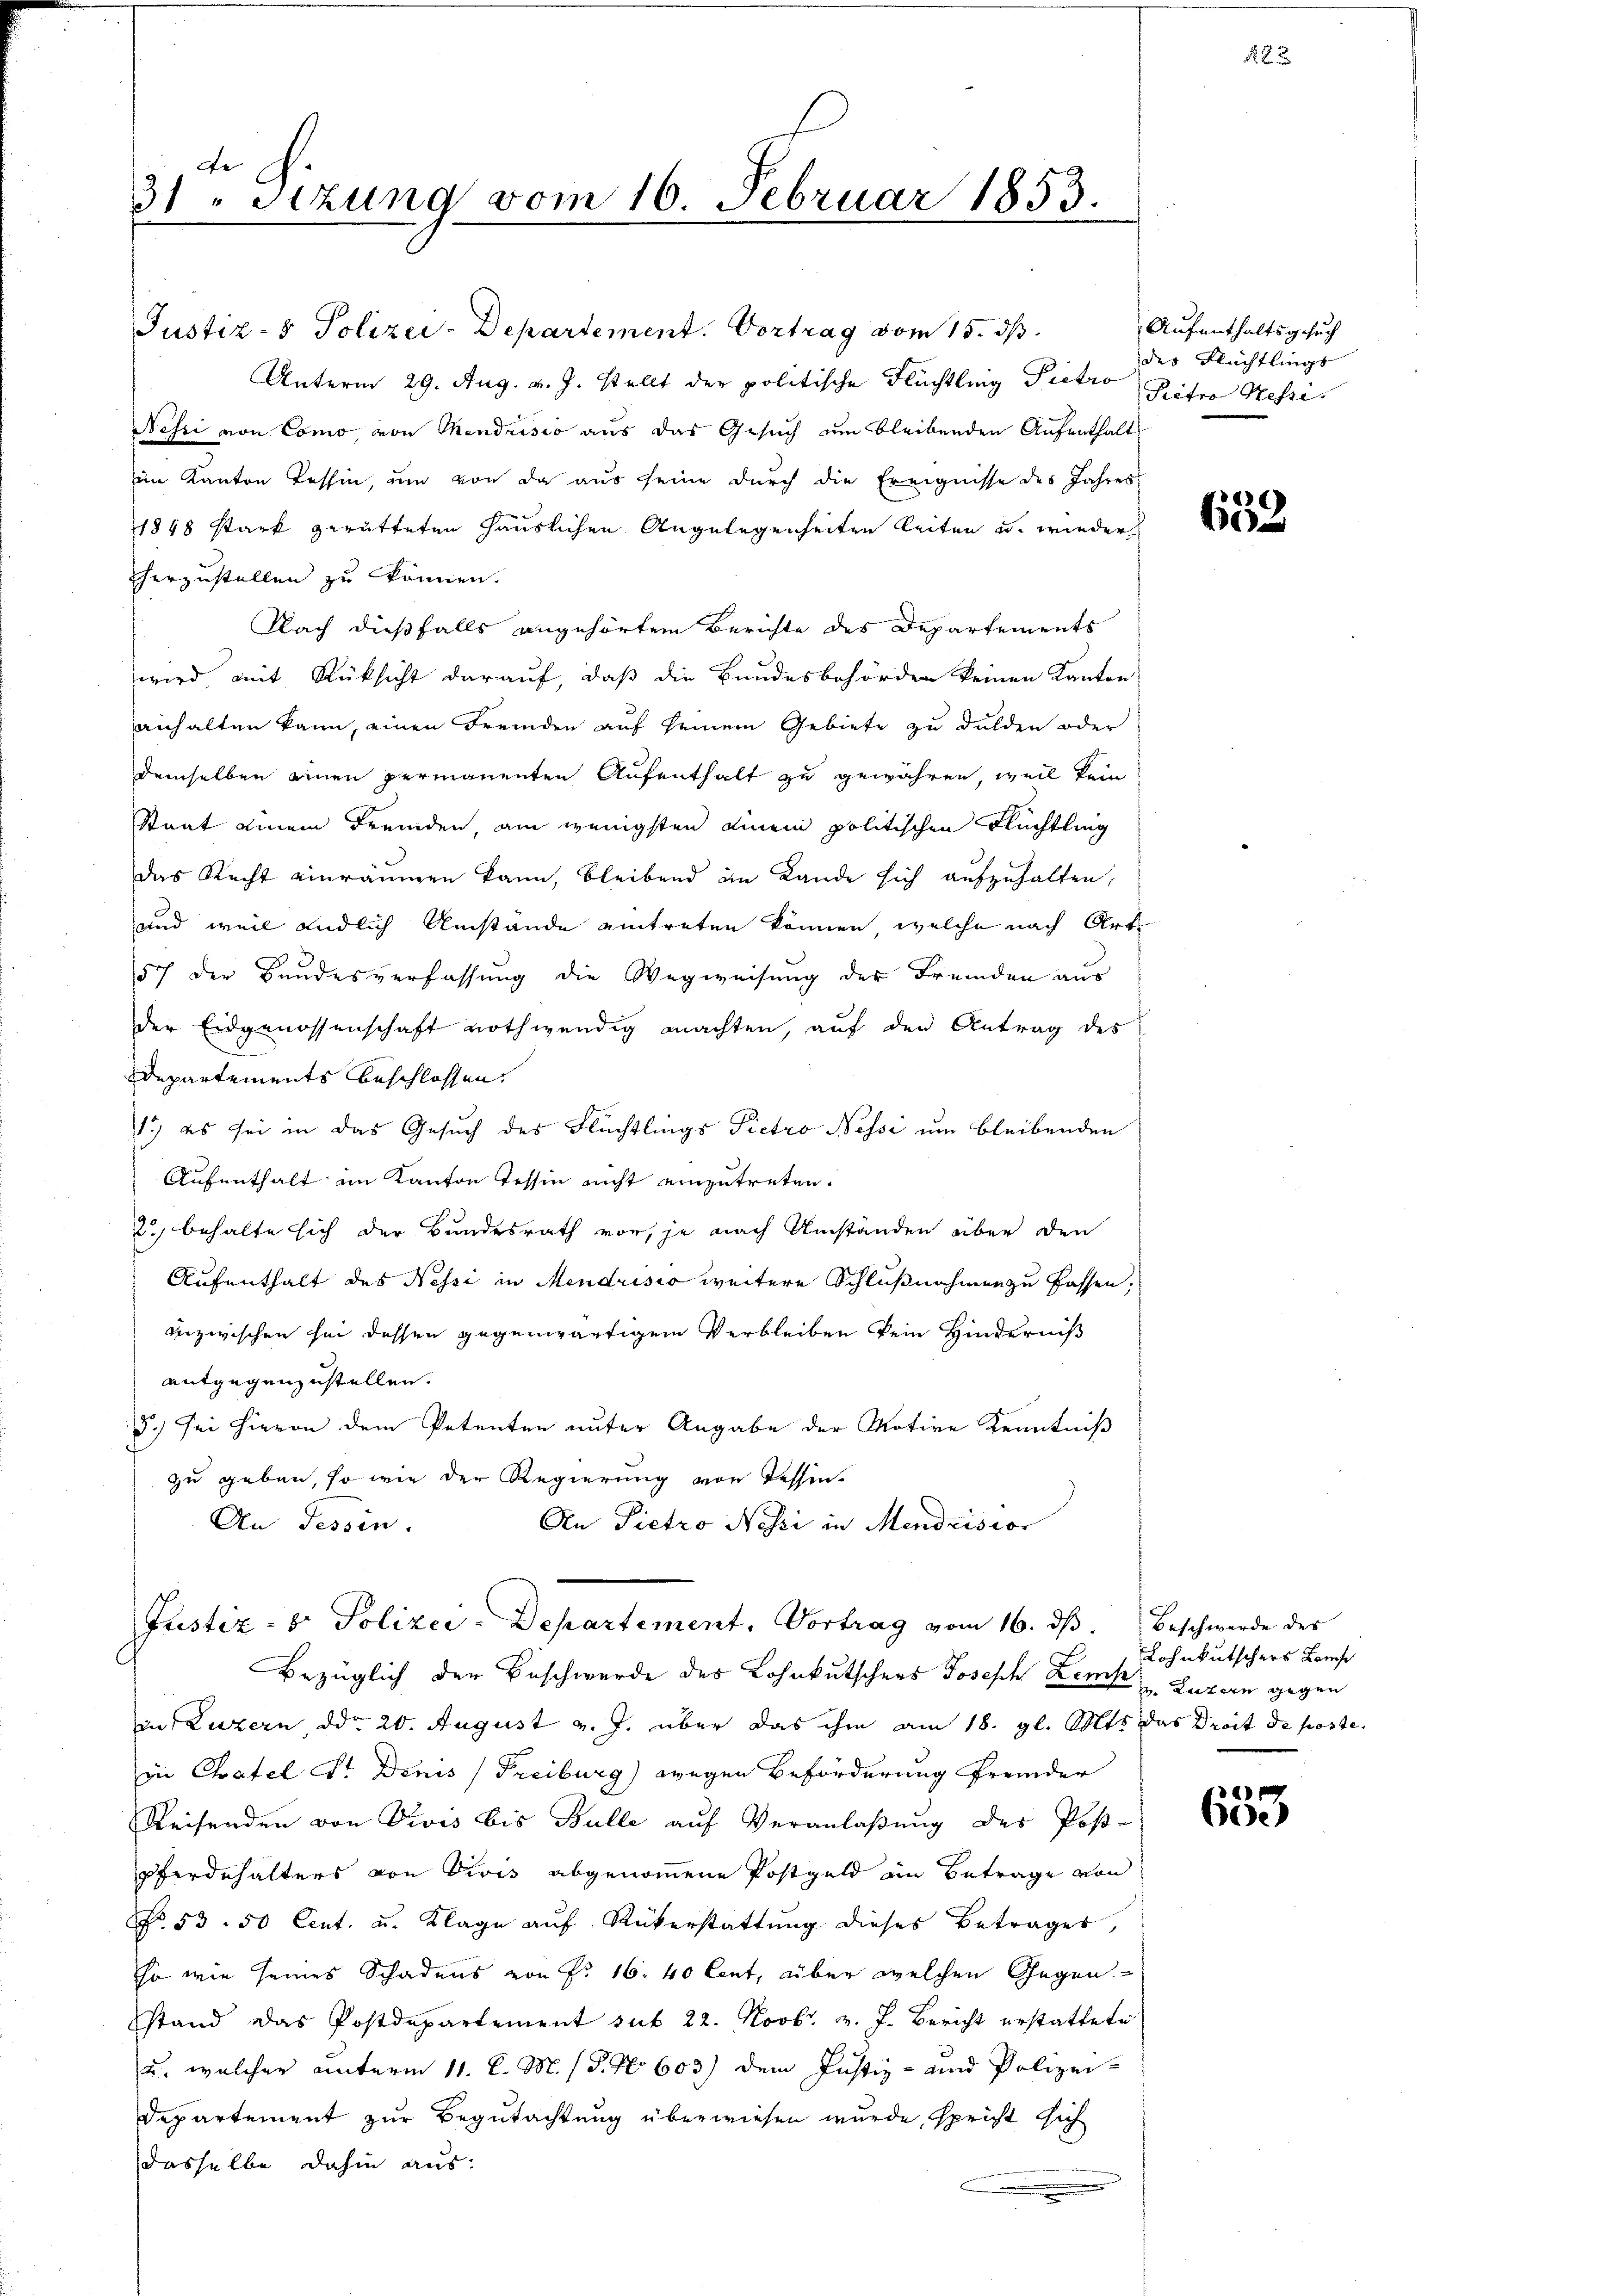
de
31 "sizung vom 16. Februar 1853.

Justiz- & Polizei-Departement. Vortrag vom 15. ds.
Unterm 29. Aug. v. J. stellt der politische Flüchtling Pietro Peter Messe
Nessi von Como von Mendrisio aus das Gesuch um bleibenden Aufenthalt
ein Kanton Tessin, um von da aus seine durch die Ereignisse des Jahres-
1848 stark gerütteten Häuslichen Angelegenheiten leiten u. wieder
herzustellen zu können.
Nach dießfalls angehörtem Berichte des Departements
wird mit Rüksicht darauf, daß die Bundesbehörden keinen Kanton
anhalten kann, einen Fremden auf seinem Gebiete zu dulden oder
demselben einen permanenten Aufenthalt zu gewähren, weil kein
Staat einem Fremden, am wenigsten einem politischen Flüchtling
das Recht einräumen kann, bleibend im Lande sich aufzuhalten,
und weil endlich Umstände eintreten können, welche nach Arte
57 der Bundesverfassung die Wegweisung der Fremden aus
der Eidgenossenschaft nothwendig machten, auf den Antrag des
Departements beschlossen.
1.) es sei in das Gesuch des Flüchtlings Pietro Nessi um bleibenden
Aufenthalt im Kanton Tessin nicht einzutreten.
2.) behalte sich der Bundesrath vor, je nach Umständen über den
Aufenthalt des Nessi in Mendrisio weitere Schlußnahmen zu fassen,
anzwischen sei dessen gegenwärtigem Verbleiben kein Hinderniß
antgegenzustellen.
3.) Sei hievon dem Petenten unter Angabe der Motive Kenntniß
zu geben, so wie der Regierung von Tessin.
An Tessin.
An Pietro Nossi in Mendrision
Justiz- & Polizei-Departement, Vortrag vom 16. ds. Beschwerde des
Bezüglich der Beschwerde des Lohnkutschers Joseph Lenk Luzern gegen
in Luzern ddo 20. August v. J. über das ihm am 18. gl. Mts. das Droit de poste.
in Chatel Sr. Denis Freiburg) wegen Beförderung fremder
Reisenden von Divis bis Bulle auf Veranlaßung des Post-
Pferdehalters von Divis abgenommene Postgeld im Betrage von
No. 53. 50 Cent. u. Klage aŭf Rükerstattŭng dieses Betrages,
so wie seines Schadens von P. 16. 40 Cent, über welchen Gegenstand das Postdepartement sub 22. Novbr. v. J. Bericht erstattete
u. welcher unterm 11. d. M. (T. No 603) dem Justiz- und Polizei¬
Departement zur Begutachtung überwiesen wurde, spricht sich
dasselbe dahin aus.

Aufenthaltsgesuch
des Flüchtlings

N 5

659

Lohnkutschers Komp

f
e